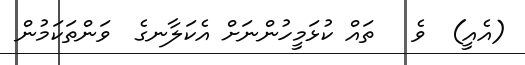
(އެއީ)  ވެ   ތައް ކުޅަމީހުންނަށް އެކަލާނގެ  ވަންތަކަމުން